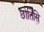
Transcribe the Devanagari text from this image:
छोतिसि